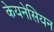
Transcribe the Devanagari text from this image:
केयनेसियन